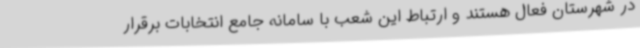
در شهرستان فعال هستند و ارتباط این شعب با سامانه جامع انتخابات برقرار